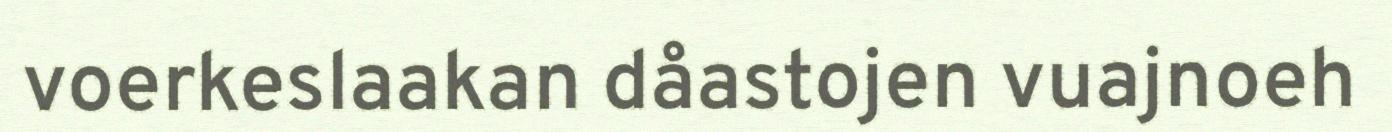
voerkeslaakan dåastojen vuajnoeh